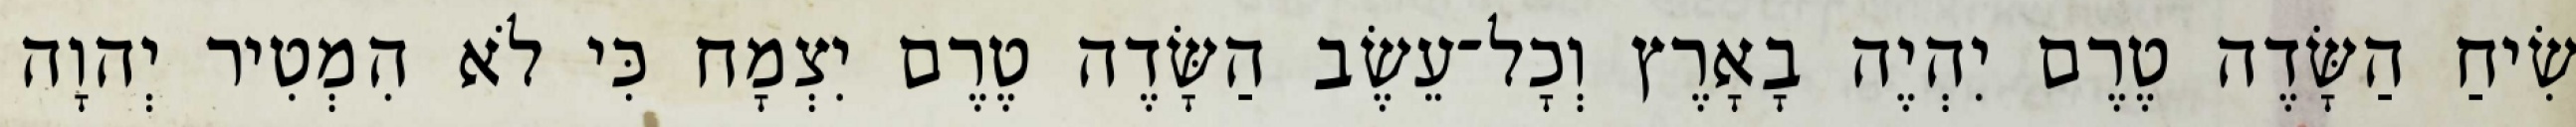
שִׂיחַ הַשָּׂדֶה טֶרֶם יִהְיֶה בָאָרֶץ וְכָל־עֵשֶׂב הַשָּׂדֶה טֶרֶם יִצְמָח כִּי לֹא הִמְטִיר יְהוָה